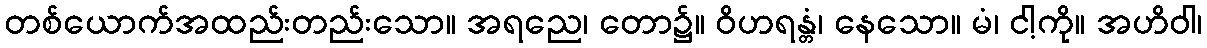
တစ်ယောက်အထည်းတည်းသော။ အရညေ၊ တော၌။ ဝိဟရန္တံ၊ နေသော။ မံ၊ ငါ့ကို။ အဟိဝါ၊